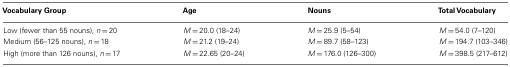
<table><thead><tr><td><b>Vocabulary Group</b></td><td><b>Age</b></td><td><b>Nouns</b></td><td><b>Total Vocabulary</b></td></tr></thead><tbody><tr><td>Low (fewer than 55 nouns), <i>n</i> = 20</td><td><i>M</i> = 20.0 (18–24)</td><td><i>M</i> = 25.9 (5–54)</td><td><i>M</i> = 54.0 (7–120)</td></tr><tr><td>Medium (56–125 nouns), <i>n</i> = 18</td><td><i>M</i> = 21.2 (19–24)</td><td><i>M</i> = 89.7 (58–123)</td><td><i>M</i> = 194.7 (103–346)</td></tr><tr><td>High (more than 126 nouns), <i>n</i> = 17</td><td><i>M</i> = 22.65 (20–24)</td><td><i>M</i> = 176.0 (126–300)</td><td><i>M</i> = 398.5 (217–612)</td></tr></tbody></table>